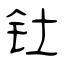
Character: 钍